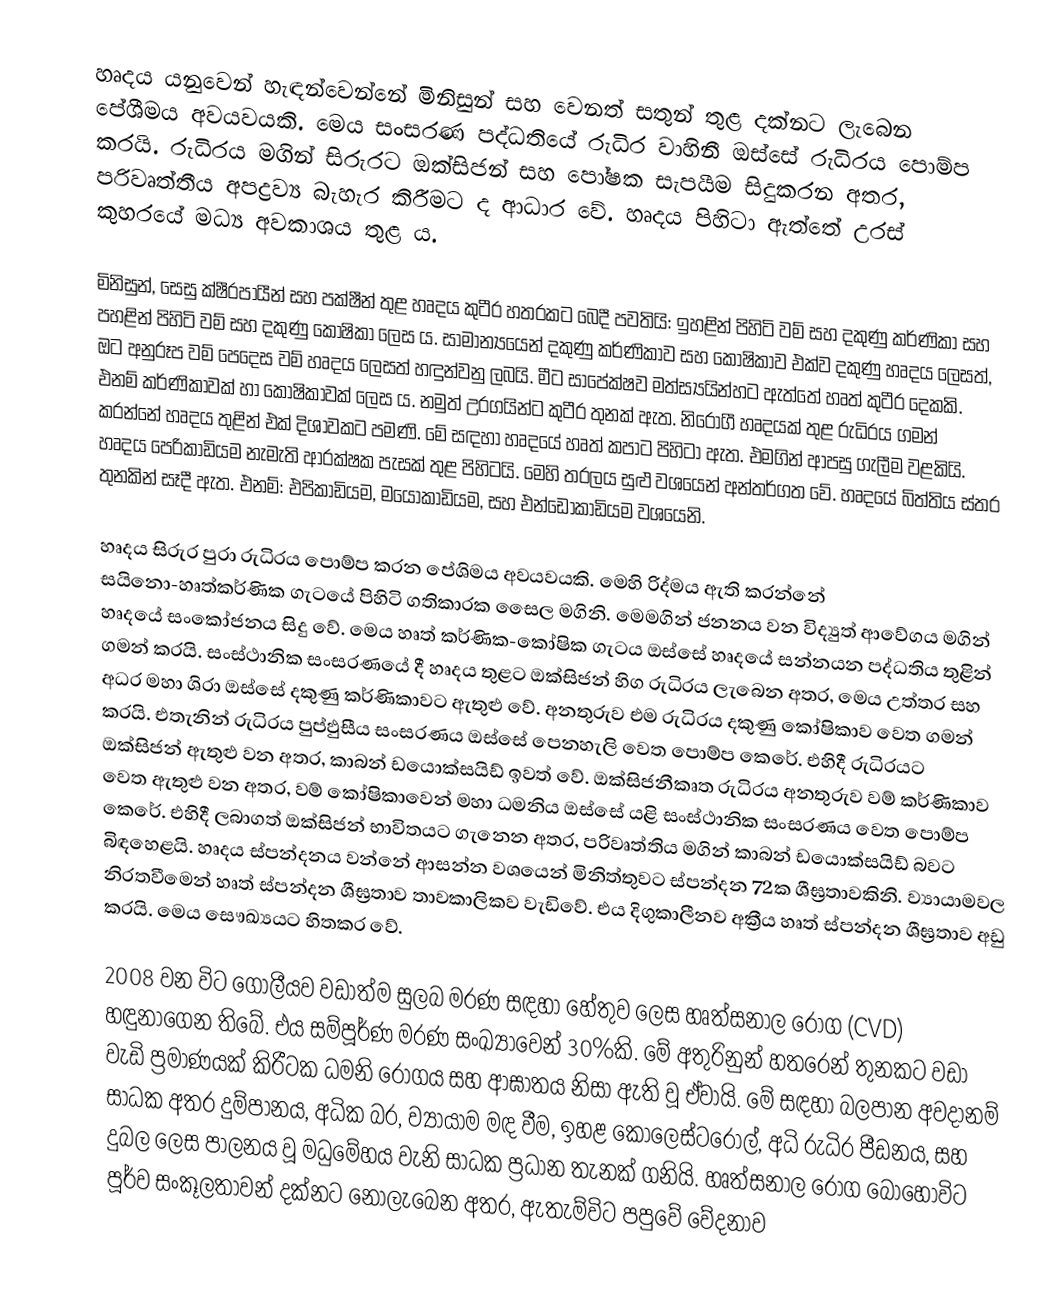
හෘදය යනුවෙන් හැඳන්වෙන්නේ මිනිසුන් සහ වෙනත් සතුන් තුළ දක්නට ලැබෙන පේශීමය අවයවයකි. මෙය සංසරණ පද්ධතියේ රුධිර වාහිනී ඔස්සේ රුධිරය පොම්ප කරයි. රුධිරය මගින් සිරුරට ඔක්සිජන් සහ පෝෂක සැපයීම සිදුකරන අතර, පරිවෘත්තීය අපද්‍රව්‍ය බැහැර කිරීමට ද ආධාර වේ. හෘදය පිහිටා ඇත්තේ උරස් කුහරයේ මධ්‍ය අවකාශය තුළ ය.

මිනිසුන්, සෙසු ක්ෂීරපායීන් සහ පක්ෂීන් තුළ හෘදය කුටීර හතරකට බෙදී පවතියි: ඉහළින් පිහිටි වම් සහ දකුණු කර්ණිකා සහ පහළින් පිහිටි වම් සහ දකුණු කෝෂිකා ලෙස ය. සාමාන්‍යයෙන් දකුණු කර්ණිකාව සහ කෝෂිකාව එක්ව දකුණු හෘදය ලෙසත්, ඔට අනුරූප වම් පෙදෙස වම් හෘදය ලෙසත් හඳුන්වනු ලබයි. මීට සාපේක්ෂව මත්ස්‍යයින්හට ඇත්තේ හෘත් කුටීර දෙකකි. එනම් කර්ණිකාවක් හා කෝෂිකාවක් ලෙස ය. නමුත් උරගයින්ට කුටීර තුනක් ඇත. නිරෝගී හෘදයක් තුළ රුධිරය ගමන් කරන්නේ හෘදය තුළින් එක් දිශාවකට පමණි. මේ සඳහා හෘදයේ හෘත් කපාට පිහිටා ඇත. එමගින් ආපසු ගැලීම වළකියි. හෘදය පෙරිකාඩියම නැමැති ආරක්ෂක පැසක් තුළ පිහිටයි. මෙහි තරලය සුළු වශයෙන් අන්තර්ගත වේ. හෘදයේ බිත්තිය ස්තර තුනකින් සෑදී ඇත. එනම්: එපිකාඩියම, මයෝකාඩියම, සහ එන්ඩොකාඩියම වශයෙනි.

හෘදය සිරුර පුරා රුධිරය පොම්ප කරන පේශිමය අවයවයකි‍. මෙහි රිද්මය ඇති කරන්නේ සයිනො-හෘත්කර්ණික ගැටයේ පිහිටි ගතිකාරක සෛල මගිනි. මෙමගින් ජනනය වන විද්‍යුත් ආවේගය මගින් හෘදයේ ‍සංකෝජනය සිදු වේ. මෙය හෘත් කර්ණික-කෝෂික ගැටය ඔස්සේ හෘදයේ සන්නයන පද්ධතිය තුළින් ගමන් කරයි. සංස්ථානික සංසරණයේ දී හෘදය තුළට ඔක්සිජන් හිග රුධිරය ලැබෙන අතර, මෙය උත්තර සහ අධර මහා ශිරා ඔස්සේ දකුණු කර්ණිකාවට ඇතුළු වේ. අනතුරුව එම රුධිරය දකුණු කෝෂිකාව වෙත ගමන් කරයි. එතැනින් රුධිරය පුප්ඵුසීය සංසරණය ඔස්සේ පෙනහැලි වෙත පොම්ප කෙරේ. එහිදී රුධිරයට ඔක්සිජන් ඇතුළු වන අතර, කාබන් ඩයොක්සයිඩ් ඉවත් වේ. ඔක්සිජනීකෘත රුධිරය අනතුරුව වම් ‍කර්ණිකාව වෙත ඇතුළු වන අතර, වම් කෝෂිකාවෙන් මහා ධමනිය ඔස්සේ යළි සංස්ථානික සංසරණය වෙත පොම්ප කෙරේ. එහිදී ලබාගත් ඔක්සිජන් භාවිතයට ගැනෙන අතර, පරිවෘත්තිය මගින් කාබන් ඩයොක්සයිඩ් බවට බිඳහෙළයි. හෘදය ස්පන්දනය වන්නේ ආසන්න වශයෙන් මිනිත්තුවට ස්පන්දන 72ක ශීඝ්‍රතාවකිනි. ව්‍යායාමවල නිරතවීමෙන් හෘත් ස්පන්දන ශීඝ්‍රතාව තාවකාලිකව වැඩිවේ. එය දිගුකාලීනව අක්‍රීය හෘත් ස්පන්දන ශීඝ්‍රතාව අඩු කරයි. මෙය සෞඛ්‍යයට හිතකර වේ.

2008 වන විට ගෝලීයව වඩාත්ම සුලබ මරණ සඳහා හේතුව ලෙස හෘත්සනාල රෝග (CVD) හඳුනාගෙන තිබේ. එය සම්පූර්ණ මරණ සංඛ්‍යාවෙන් 30%කි. මේ අතුරිනුන් හතරෙන් තුනකට වඩා වැඩි ප්‍රමාණයක් කිරීටක ධමනි රෝගය සහ ආඝාතය නිසා ඇති වූ ඒවායි. මේ සඳහා බලපාන අවදානම් සාධක අතර දුම්පානය, අධික බර, ව්‍යායාම මඳ වීම, ඉහළ කොලෙස්ටරොල්, අධි රුධිර පීඩනය, සහ දුබල ලෙස පාලනය වූ මධුමේහය වැනි සාධක ප්‍රධාන තැනක් ගනියි. හෘත්සනාල රෝග බොහෝවිට පූර්ව සංකූලතාවන් දක්නට නොලැබෙන අතර, ඇතැම්විට පපුවේ වේදනාව